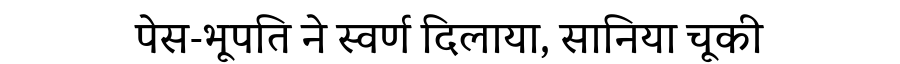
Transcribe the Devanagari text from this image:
पेस-भूपति ने स्वर्ण दिलाया, सानिया चूकी